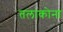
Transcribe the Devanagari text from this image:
तलाकोना